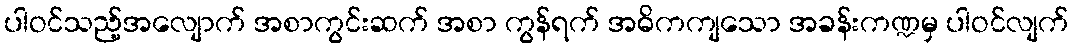
ပါဝင်သည့်အလျောက် အစာကွင်းဆက် အစာ ကွန်ရက် အဓိကကျသော အခန်းကဏ္ဍမှ ပါဝင်လျက်